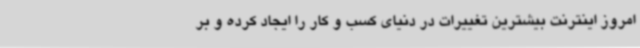
امروز اینترنت بیشترین تغییرات در دنیای کسب و کار را ایجاد کرده و بر